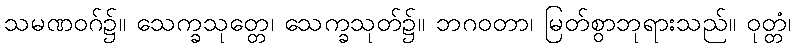
သမဏဝဂ်၌။ သေက္ခသုတ္တေ၊ သေက္ခသုတ်၌။ ဘဂဝတာ၊ မြတ်စွာဘုရားသည်။ ဝုတ္တံ၊